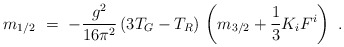
\begin{align*}m_{1/2}\ = \ - {g^2 \over 16 \pi^2}\,(3 T_G - T_R)\, \left( m_{3/2} +{1 \over 3} K_i F^i \right)~.\end{align*}